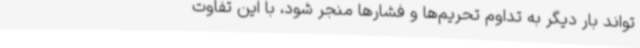
‌تواند بار دیگر به تداوم تحریم‌ها و فشارها منجر شود، با این تفاوت